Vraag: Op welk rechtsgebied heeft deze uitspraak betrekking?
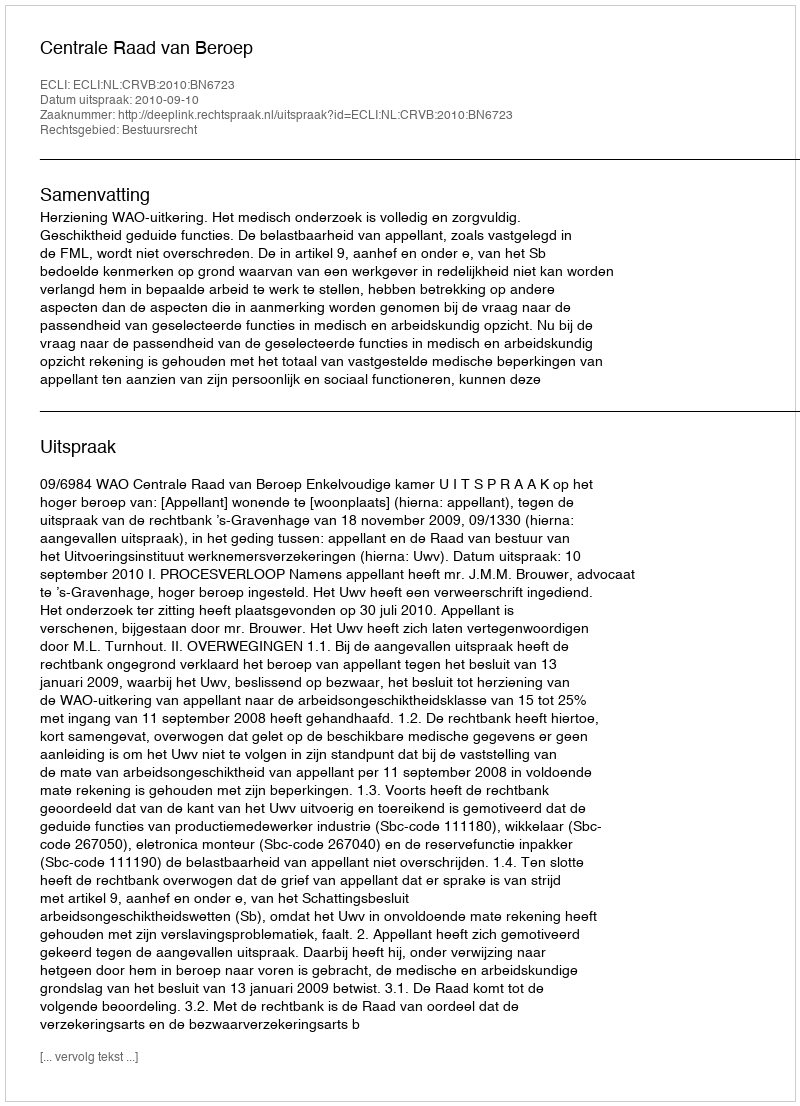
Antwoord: Bestuursrecht